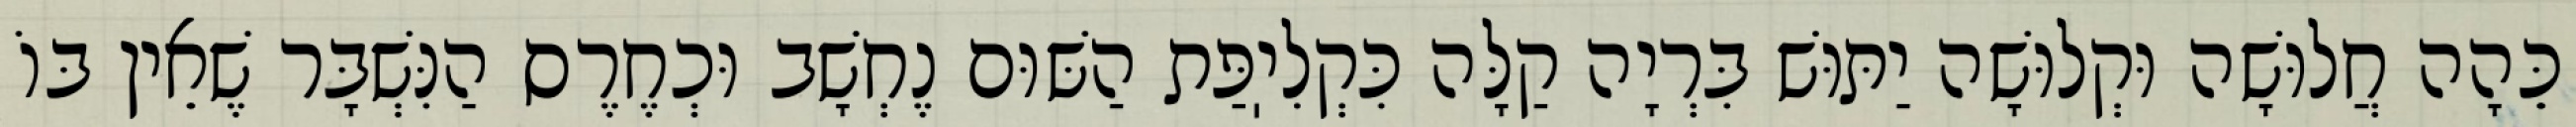
כֵּהָה חֲלוּשָׁה וּקְלוּשָׁה יַתּוּשׁ בִּרְיָה קַלָּה כִּקְלִיֽפַּת הַשּׁוּם נֶחְשָׁב וּכְחֶרֶס הַנִּשְׁבָּר שֶׁאֵין בּוֹ